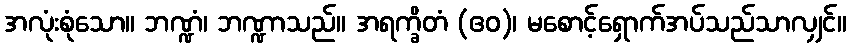
အလုံးစုံသော။ ဘဏ္ဍံ၊ ဘဏ္ဍာသည်။ အရက္ခိတံ (ဧဝ)၊ မစောင့်ရှောက်အပ်သည်သာလျှင်။